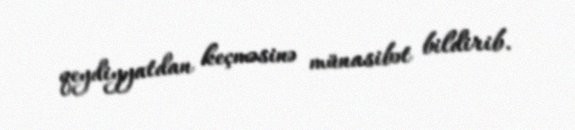
qeydiyyatdan keçməsinə münasibət bildirib.